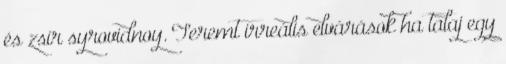
és zsír syrovidnoy. Teremt irreális elvárások ha talaj egy